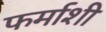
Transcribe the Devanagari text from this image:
फर्माशी